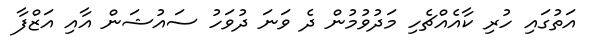
އަތުގައި ހުރި ކާއެއްޗެހި މަދުވުމުން ދެ ވަނަ ދުވަހު ސައުޝަން އާއި އަޒްފާ